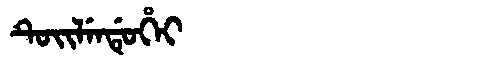
Manchu: ᡨᡠᡳᠯᡝᠨᡩᡠᡥᡝᡳ
Romanization: TUILENDUHEI